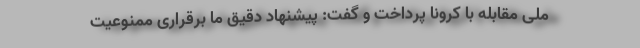
ملی مقابله با کرونا پرداخت و گفت: پیشنهاد دقیق ما برقراری ممنوعیت